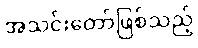
အသင်းတော်ဖြစ်သည့်